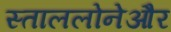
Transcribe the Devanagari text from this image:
स्ताललोनेऔर